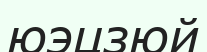
юэцзюй